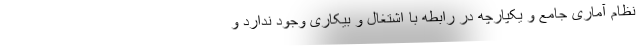
نظام آماری جامع و یکپارچه در رابطه با اشتغال و بیکاری وجود ندارد و